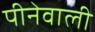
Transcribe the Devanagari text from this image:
पीनेवाली